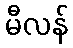
မီလန်